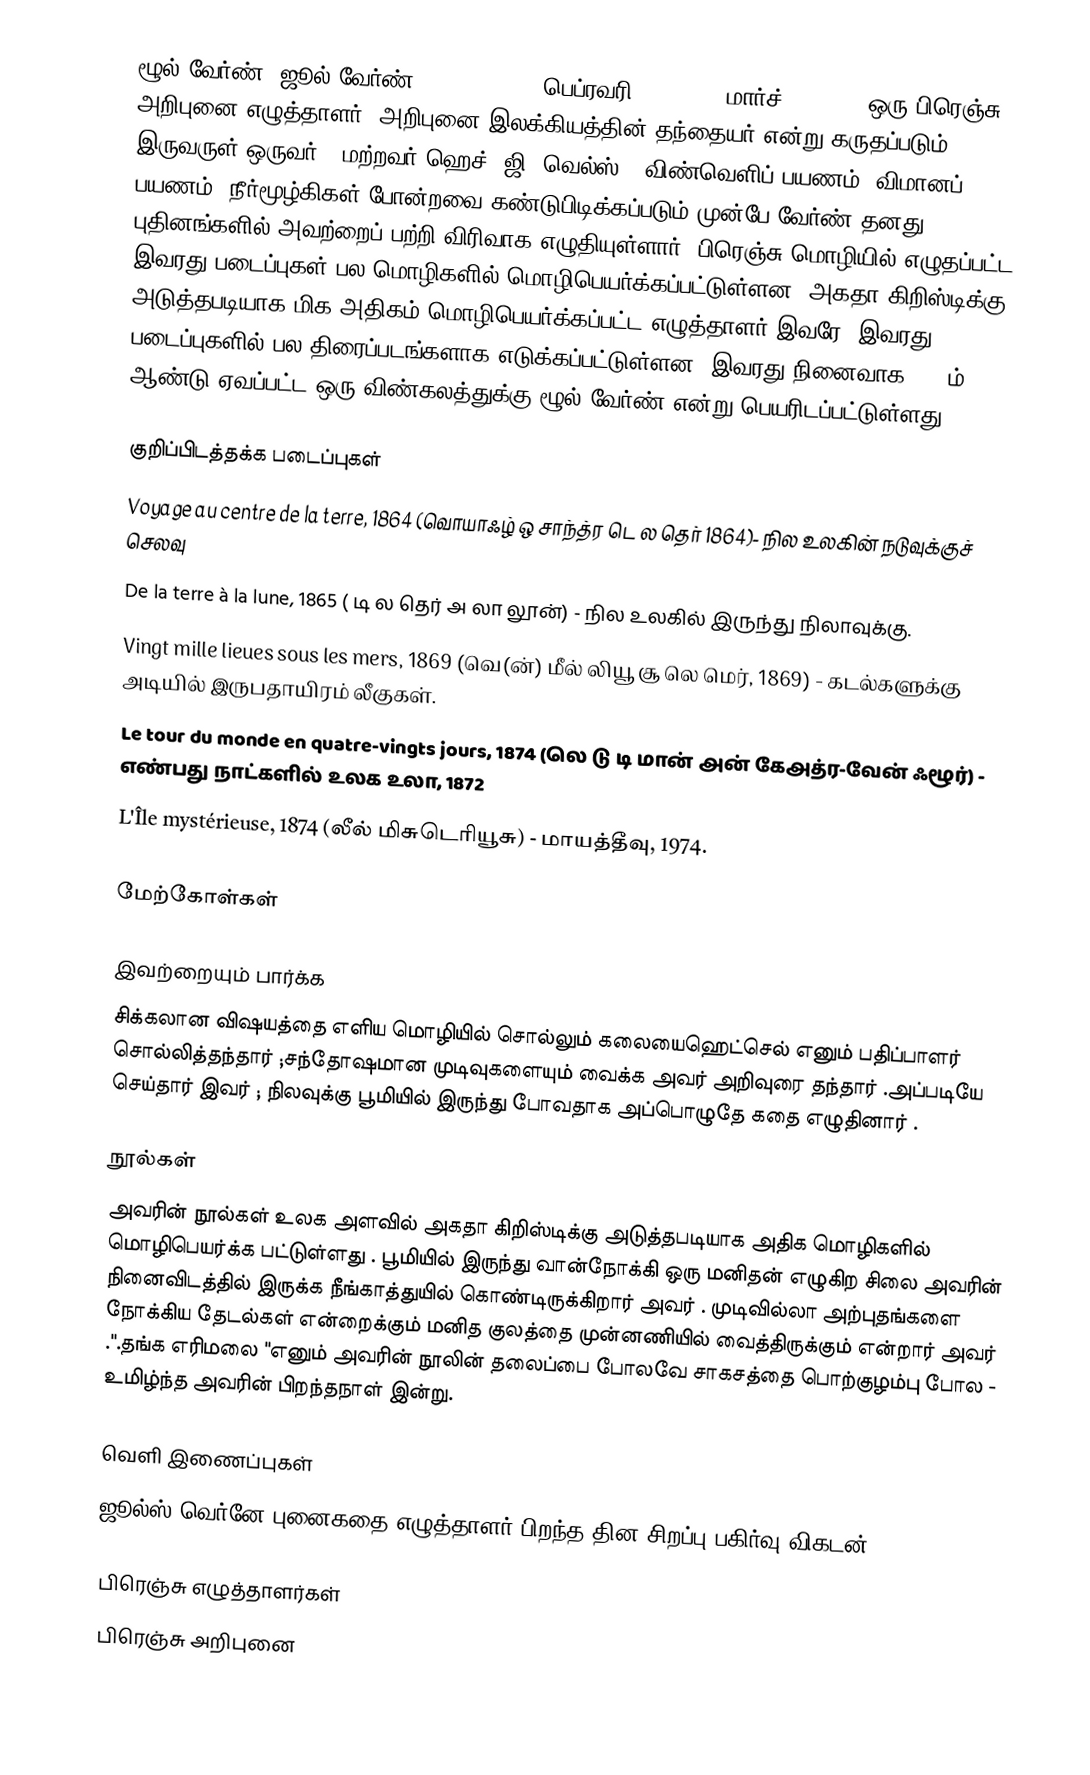
ழூல் வேர்ண் (ஜூல் வேர்ண்; Jules Verne; பெப்ரவரி 8, 1828 – மார்ச் 24 1905) ஒரு பிரெஞ்சு அறிபுனை எழுத்தாளர். அறிபுனை இலக்கியத்தின் தந்தையர் என்று கருதப்படும் இருவருள் ஒருவர். (மற்றவர் ஹெச். ஜி. வெல்ஸ்). விண்வெளிப் பயணம், விமானப் பயணம், நீர்மூழ்கிகள் போன்றவை கண்டுபிடிக்கப்படும் முன்பே வேர்ண் தனது புதினங்களில் அவற்றைப் பற்றி விரிவாக எழுதியுள்ளார். பிரெஞ்சு மொழியில் எழுதப்பட்ட இவரது படைப்புகள் பல மொழிகளில் மொழிபெயர்க்கப்பட்டுள்ளன. அகதா கிறிஸ்டிக்கு அடுத்தபடியாக மிக அதிகம் மொழிபெயர்க்கப்பட்ட எழுத்தாளர் இவரே. இவரது படைப்புகளில் பல திரைப்படங்களாக எடுக்கப்பட்டுள்ளன. இவரது நினைவாக 2008ம் ஆண்டு ஏவப்பட்ட ஒரு விண்கலத்துக்கு ழூல் வேர்ண் என்று பெயரிடப்பட்டுள்ளது.

குறிப்பிடத்தக்க படைப்புகள்
 Voyage au centre de la terre, 1864  (வொயாஃழ் ஒ சாந்த்ர டெ ல தெர் 1864)- நில உலகின் நடுவுக்குச் செலவு
 De la terre à la lune, 1865 ( டி ல தெர் அ லா லூன்) - நில உலகில் இருந்து நிலாவுக்கு.
 Vingt mille lieues sous les mers, 1869 (வெ(ன்) மீல் லியூ சூ லெ மெர், 1869) - கடல்களுக்கு அடியில் இருபதாயிரம் லீகுகள்.
 Le tour du monde en quatre-vingts jours, 1874 (லெ டு டி மான் அன் கேஅத்ர-வேன் ஃழூர்) - எண்பது நாட்களில் உலக உலா, 1872
 L'Île mystérieuse, 1874 (லீல் மிசுடெரியூசு) - மாயத்தீவு, 1974.

மேற்கோள்கள்

இவற்றையும் பார்க்க
சிக்கலான விஷயத்தை எளிய மொழியில் சொல்லும் கலையைஹெட்செல் எனும் பதிப்பாளர் சொல்லித்தந்தார் ;சந்தோஷமான முடிவுகளையும் வைக்க அவர் அறிவுரை தந்தார் .அப்படியே செய்தார் இவர் ; நிலவுக்கு பூமியில் இருந்து போவதாக அப்பொழுதே கதை எழுதினார் .

நூல்கள்
அவரின் நூல்கள் உலக அளவில் அகதா கிறிஸ்டிக்கு அடுத்தபடியாக அதிக மொழிகளில் மொழிபெயர்க்க பட்டுள்ளது . பூமியில் இருந்து வான்நோக்கி ஒரு மனிதன் எழுகிற சிலை அவரின் நினைவிடத்தில் இருக்க நீங்காத்துயில் கொண்டிருக்கிறார் அவர் . முடிவில்லா அற்புதங்களை நோக்கிய தேடல்கள் என்றைக்கும் மனித குலத்தை முன்னணியில் வைத்திருக்கும் என்றார் அவர் .".தங்க எரிமலை "எனும் அவரின் நூலின் தலைப்பை போலவே சாகசத்தை பொற்குழம்பு போல - உமிழ்ந்த அவரின் பிறந்தநாள் இன்று.

வெளி இணைப்புகள்
ஜூல்ஸ் வெர்னே புனைகதை எழுத்தாளர் பிறந்த தின சிறப்பு பகிர்வு  விகடன்

பிரெஞ்சு எழுத்தாளர்கள்
பிரெஞ்சு அறிபுனை